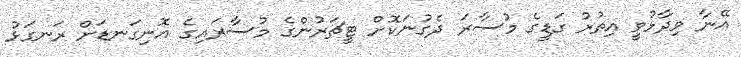
އޭނާ ވިދާޅުވީ އިތުރު ގަޑީގެ މުސާރަ ދެގުނަކޮށް ޓީޗަރުންގެ މުސާރައިގެ އޮނިގަނޑަށް ރަނގަޅު